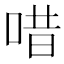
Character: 唶